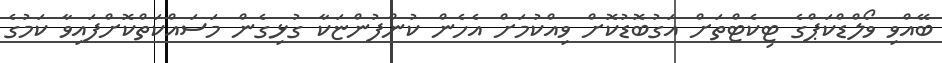
ބޭއްވި ވޯލްޑްކަޕްގެ ޓިކެޓްތަށް އަގުބޮޑުކޮށް ވިއްކުމަށް އެހެން ކުންފުންޏަކާ ގުޅިގެން މަސައްކަތްކޮށްފައިވާ ކަމުގެ